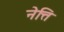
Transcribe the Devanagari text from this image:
नेत्ति